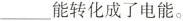
___能转化成了电能。